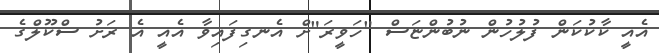
އެއީ ކާކުކަން ފުލުހުން ނުބުންޏަސް "ހަވީރަ"ށް އެނގިފައިވާ އެއީ އެ ރަށު ސްކޫލްގެ